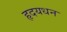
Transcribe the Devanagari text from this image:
हृदयधन